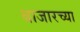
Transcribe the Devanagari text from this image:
बाजारच्या